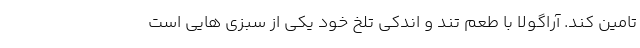
تامین کند. آراگولا با طعم تند و اندکی تلخ خود یکی از سبزی هایی است